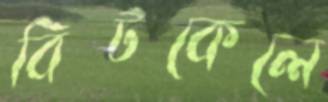
বিটকেলে